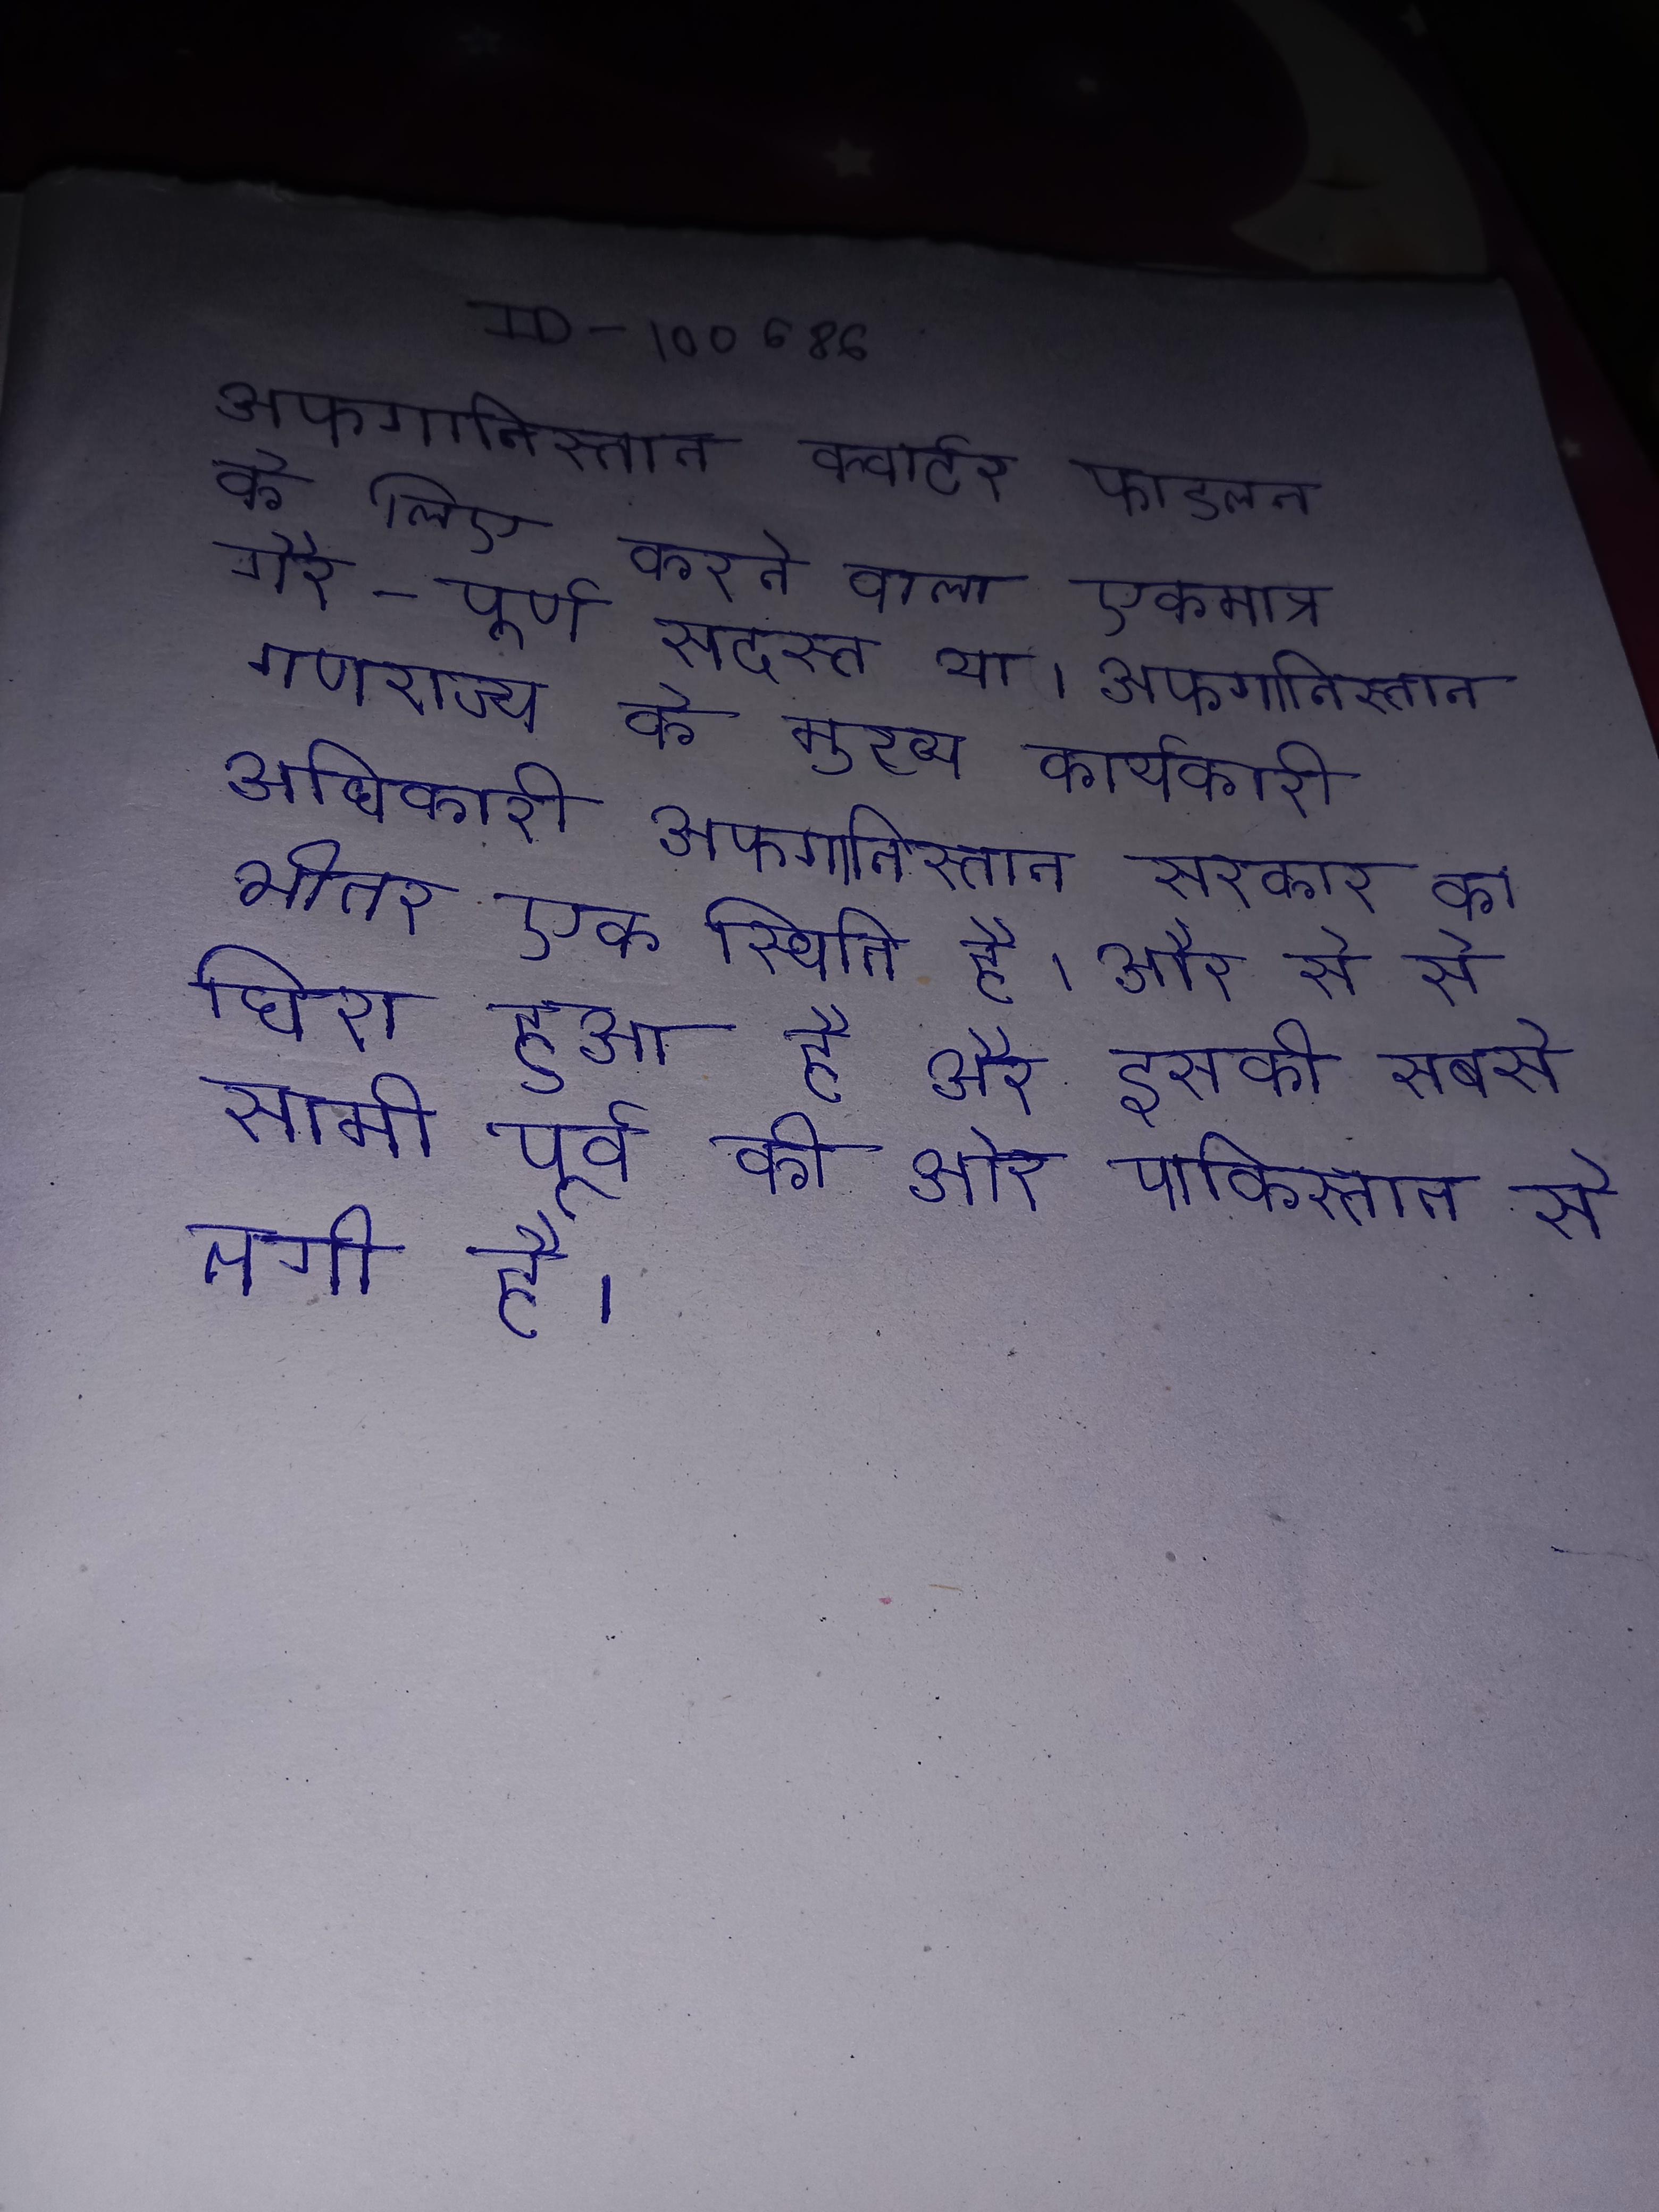
अफगानिस्तान क्वार्टर फाइनल के लिए क्वालीफाई करने वाला एकमात्र गैर-पूर्ण सदस्य था । अफगानिस्तान गणराज्य के मुख्य कार्यकारी अधिकारी अफगानिस्तान सरकार के भीतर एक स्थिति है । ओर से से घिरा हुआ है और इसकी सबसे सीमा पूर्व की ओर पाकिस्तान से लगी है ।